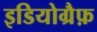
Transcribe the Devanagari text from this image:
इडियोग्रैफ़